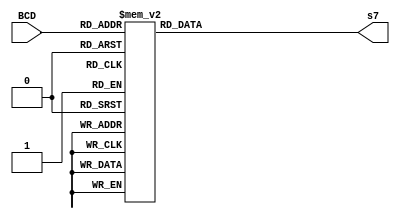
module BCDto7Seg (
    input wire [3:0] BCD,
    output reg [6:0] s7
    );

    always @(*)
        case (BCD)
            // Segments - gfedcba
            4'h0: s7 = 7'b1000000;
            4'h1: s7 = 7'b1111001;
            4'h2: s7 = 7'b0100100;
            4'h3: s7 = 7'b0110000;
            4'h4: s7 = 7'b0011001;
            4'h5: s7 = 7'b0010010;
            4'h6: s7 = 7'b0000010;
            4'h7: s7 = 7'b1111000;
            4'h8: s7 = 7'b0000000;
            4'h9: s7 = 7'b0010000;
            default: s7 = 7'b1111111;
        endcase 

endmodule